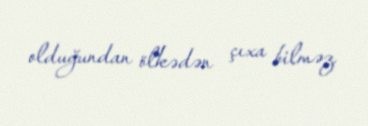
olduğundan ölkədən çıxa bilməz.